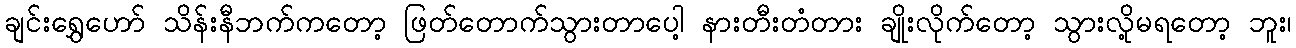
ချင်းရွှေဟော် သိန်းနီဘက်ကတော့ ဖြတ်တောက်သွားတာပေါ့ နားတီးတံတား ချိုးလိုက်တော့ သွားလို့မရတော့ ဘူး၊